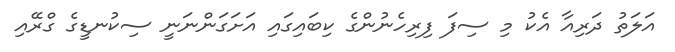
އަލަތު ދަރިއާ އެކު މި ސިފަ ފިރިހެނުންގެ ކިބައިގައި އަށަގަންނަނީ ސިކުނޑީގެ ގްރޭއި